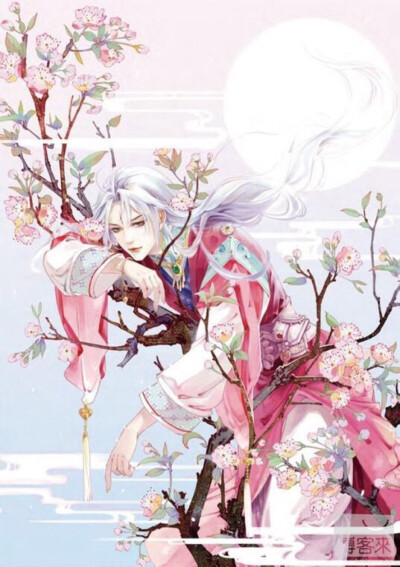
草色全经细雨湿，花枝欲动春风寒。